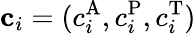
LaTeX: \mathbf{c}_{i}=(c_{i}^{\mathrm{A}},c_{i}^{\mathrm{P}},c_{i}^{\mathrm{T}})